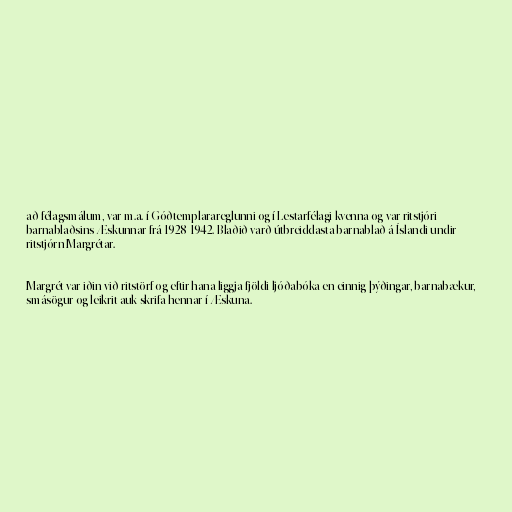
að félagsmálum, var m.a. í Góðtemplarareglunni og í Lestarfélagi kvenna og var ritstjóri
barnablaðsins Æskunnar frá 1928-1942. Blaðið varð útbreiddasta barnablað á Íslandi undir
ritstjórn Margrétar.

Margrét var iðin við ritstörf og eftir hana liggja fjöldi ljóðabóka en einnig þýðingar, barnabækur,
smásögur og leikrit auk skrifa hennar í Æskuna.